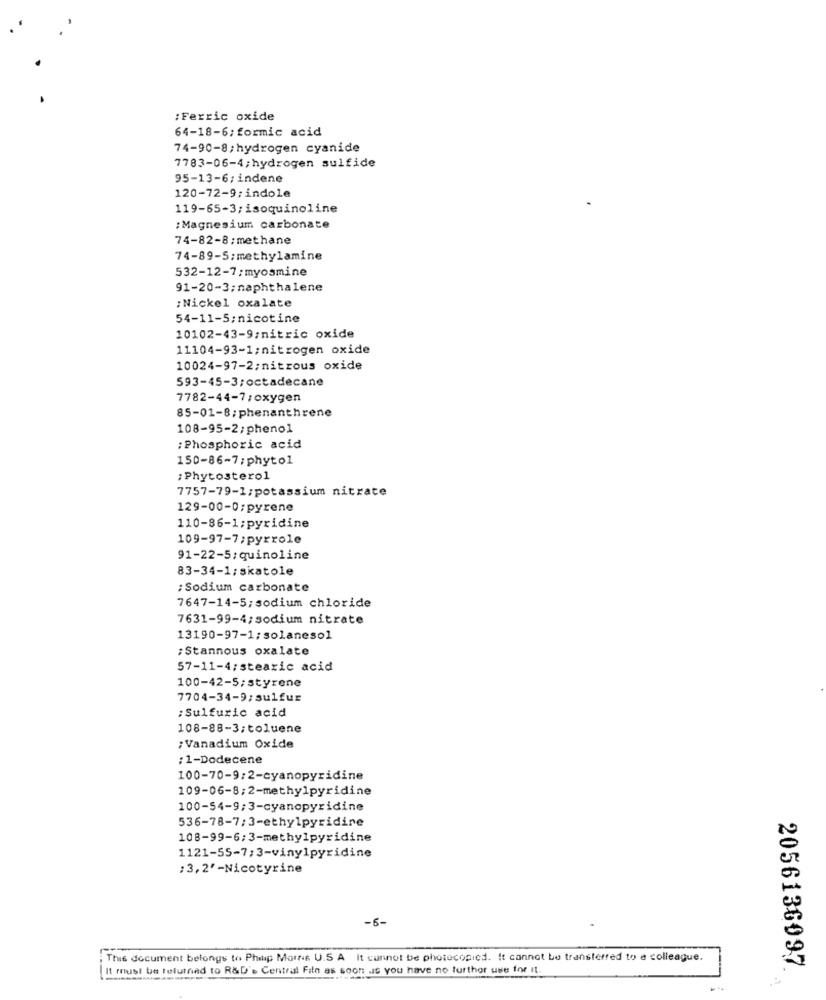
: Ferric oxide
64-18-6; formic acid
74-90-8;hydrogen cyanide
7783-06-4;hydrogen sulfide
95-13-6;indene
120-72-9;indole
119-65-3;isoquinoline
: Magnesium carbonate
74-82-8;methane
74-89-5;methylamine
532-12-7;myosmine
91-20-3;naphthalene
; Nickel oxalate
54-11-5;nicotine
10102-43-9/nitric oxide
11104-93-1;nitrogen oxide
10024-97-2;nitrous oxide
593-45-3;octadecane
7782-44-7;oxygen
85-01-8;phenanthrene
108-95-2;phenol
: Phosphoric acid
150-86-7;phytol
; Phytosterol
7757-79-1;potassium nitrate
129-00-0;pyrene
110-86-1;pyridine
109-97-7;pyrrole
91-22-5;quinoline
83-34-1;skatole
; Sodium carbonate
7647-14-5;sodium chloride
7631-99-4;sodium nitrate
13190-97-1;solanesol
;Stannous oxalate
57-11-4;stearic acid
100-42-5;styrene
7704-34-9;sulfur
: Sulfuric acid
108-88-3;toluene
:Vanadium Oxide
; 1-Dodecene
100-70-9:2-cyanopyridine
109-06-8;2-methylpyridine
100-54-9;3-cyanopyridine
536-78-7/3-ethylpyridine
108-99-6;3-methylpyridine
1121-55-7;3-vinylpyridine
;3,2' -Nicotyrine
-6-
This document belongs to Philip Morris U.S A It cannot be photocopied. It cannot be transferred to a colleague.
It must be returned to R&D's Central File as soon as you have no further use for it.
2056136097.